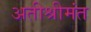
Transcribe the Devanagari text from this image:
अतीश्रीमंत